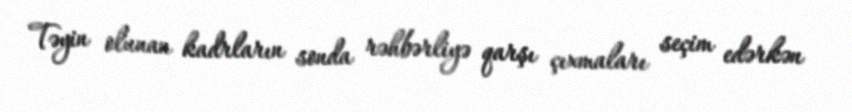
Təyin olunan kadrların sonda rəhbərliyə qarşı çıxmaları seçim edərkən